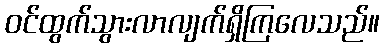
ဝင်ထွက်သွားလာလျက်ရှိကြလေသည်။